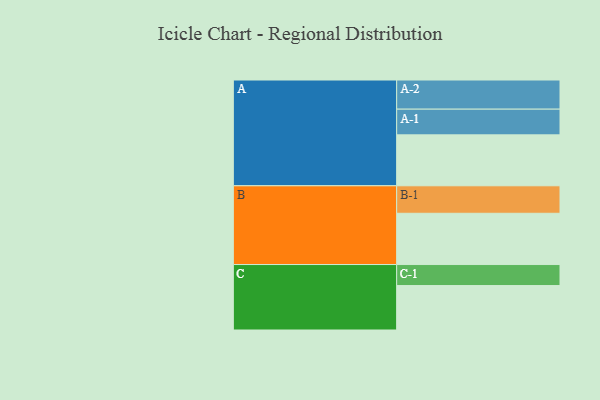
{"axis": {"x": "Segment", "y": "Value"}, "legend": ["", "A", "B", "C"], "data": [{"x": "A", "y": 456, "type": ""}, {"x": "B", "y": 459, "type": ""}, {"x": "C", "y": 398, "type": ""}, {"x": "A-1", "y": 230, "type": "A"}, {"x": "A-2", "y": 261, "type": "A"}, {"x": "B-1", "y": 246, "type": "B"}, {"x": "C-1", "y": 188, "type": "C"}]}